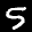
Label: 5